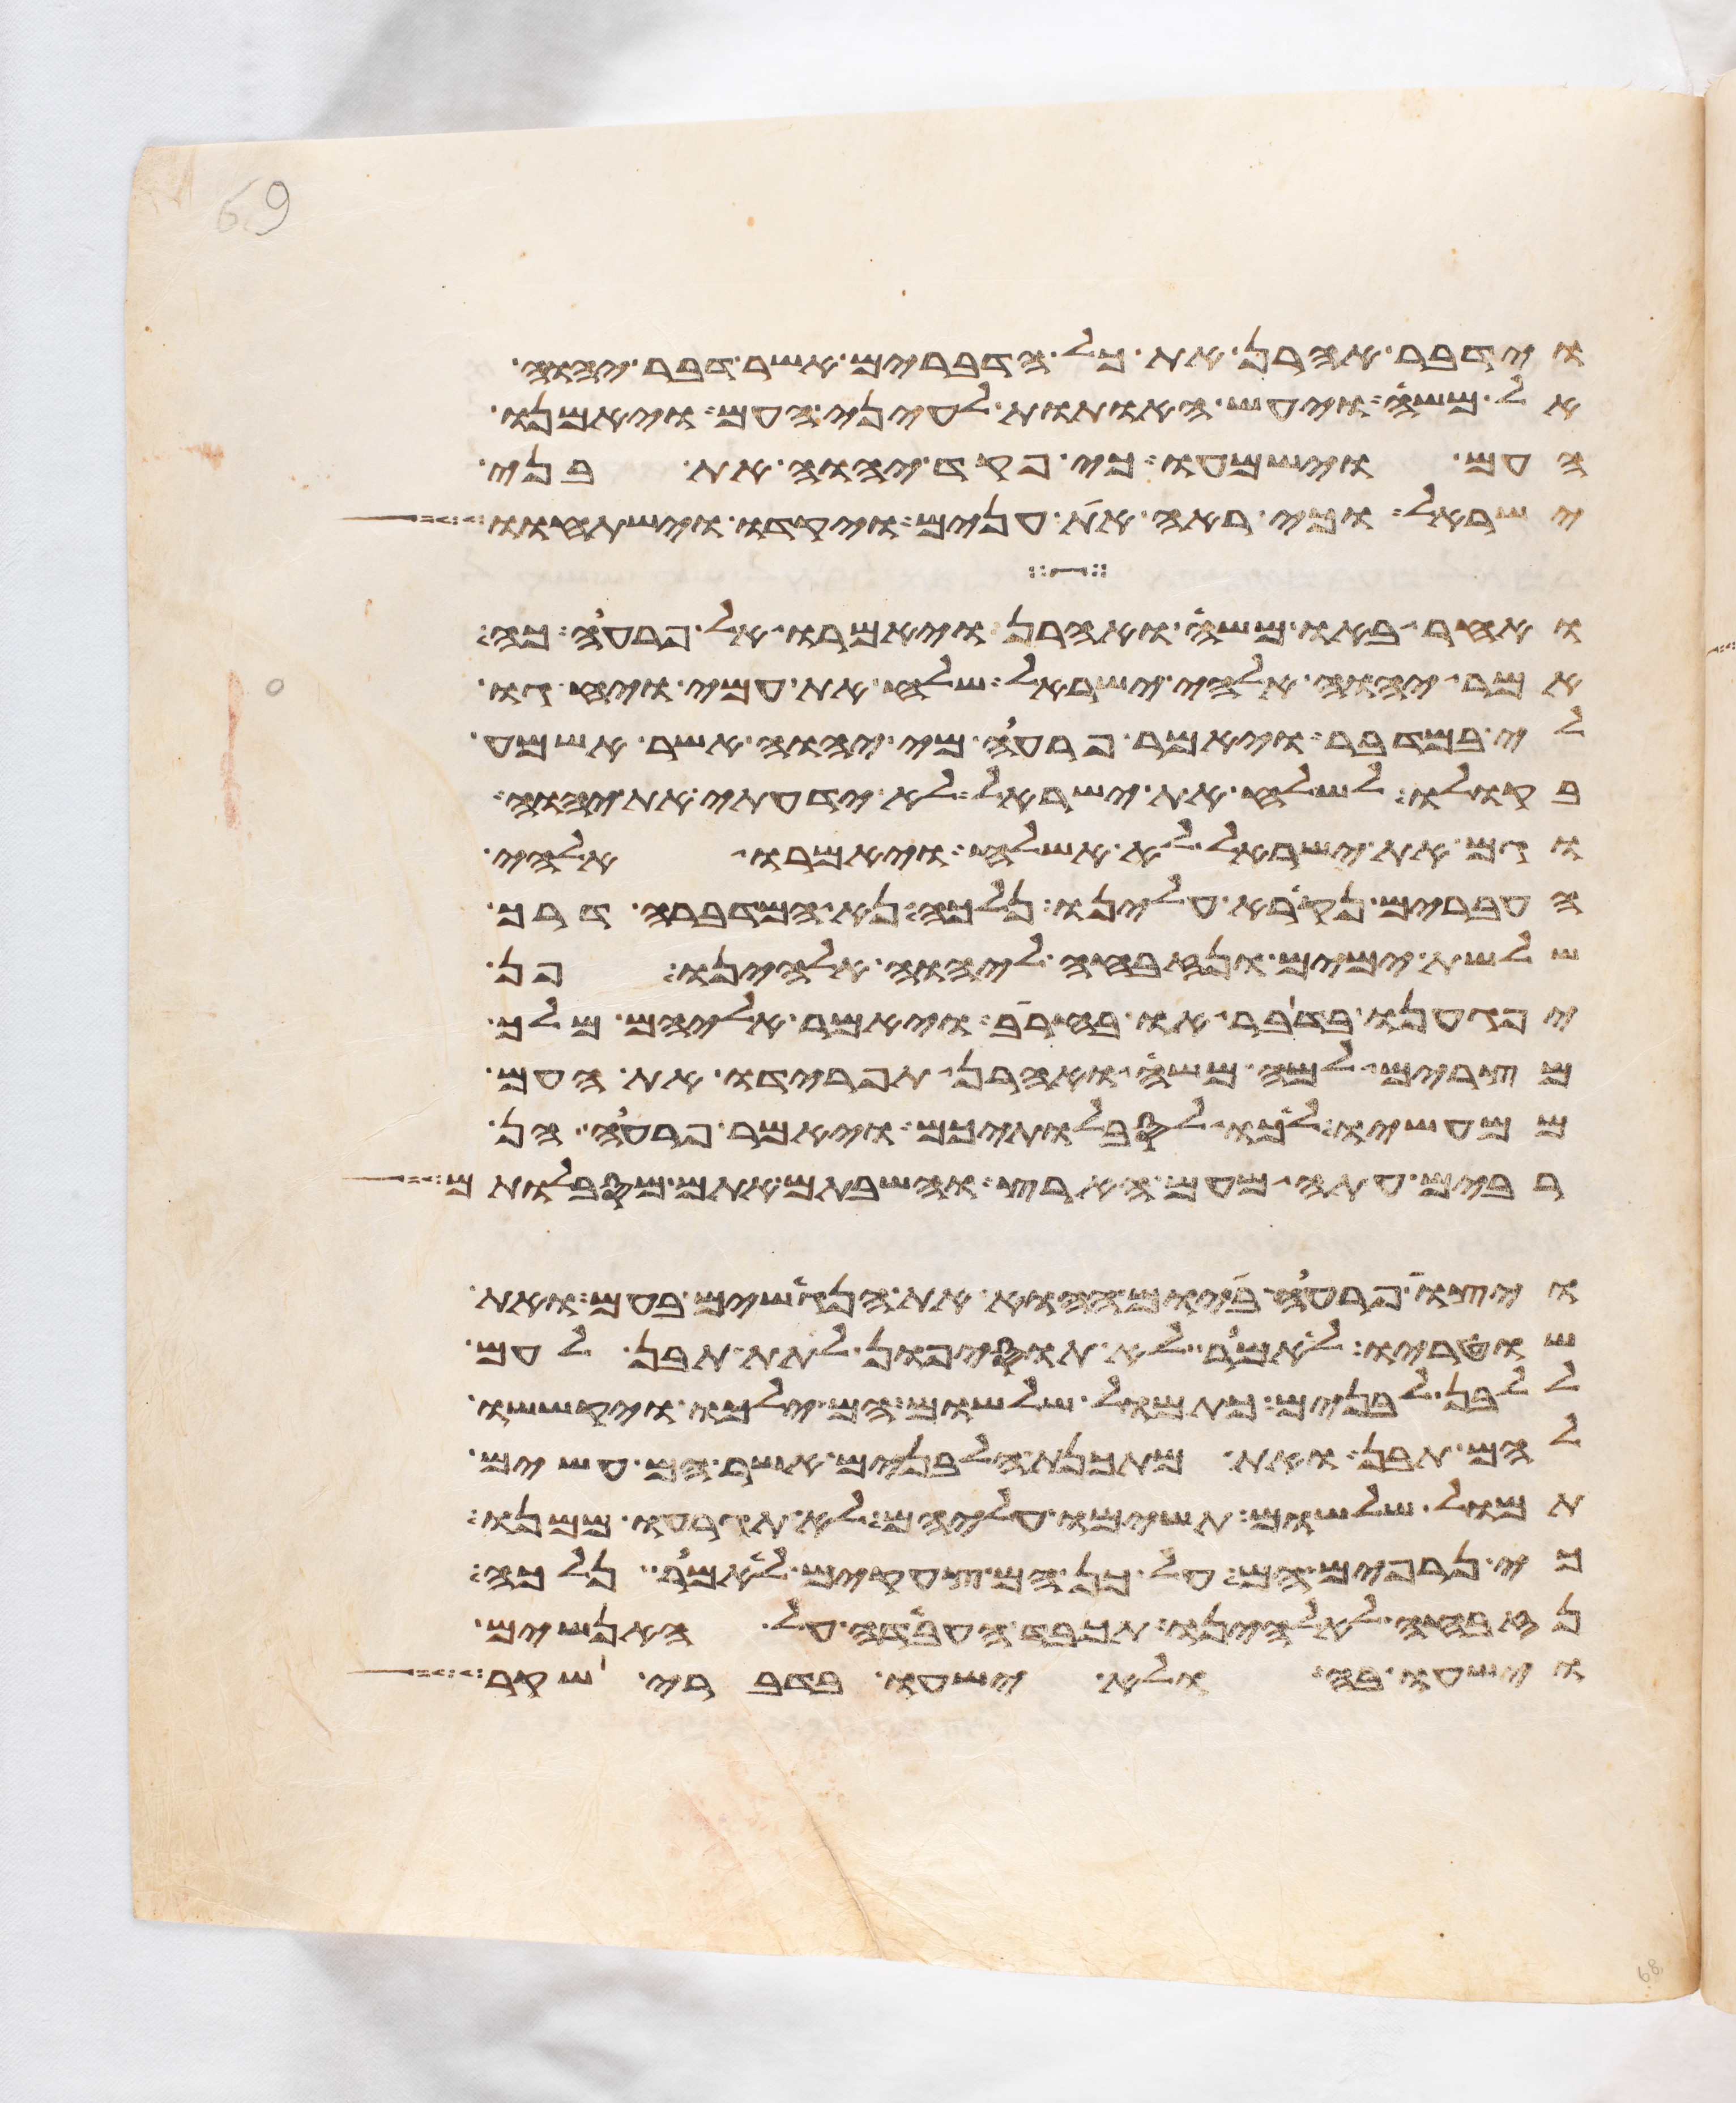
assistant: וידבר אהרן את כל הדברים אשר דבר יהוה
אל משה ויעש האתות לעיני העם ויאמנו
העם וישמעו כי פקד יהוה את בני
ישראל וכי ראה את ענים ויקדו וישתחוו
ואחר באו משה ואהרן ויאמרו אל פרעה כה
אמר יהוה אלהי ישראל שלח את עמי ויחגו
לי במדבר ויאמר פרעה מי יהוה אשר אשמע
בקולו לשלח את ישראל לא ידעתי את יהוה
וגם את ישראל לא אשלח ויאמרו אלהי
העברים נקרא עלינו נלכה נא המדברה דרך
שלשת ימים ונזבחה ליהוה אלהינו פן
יפגענו בדבר או בחרב ויאמר אליהם מלך
מצרים למה משה ואהרן תפרידו את העם
ממעשיו לכו לסבלתיכם ויאמר פרעה הן
רבים עתה מעם הארץ והשבתם אתם מסבלותם
ויצו פרעה ביום ההוא את הנגשים בעם ואת
שוטריו לאמר לא תוסיפון לתת תבן לעם
ללבן לבנים כתמול שלשום הם ילכו יקששו
להם תבן ואת מתכנת הלבנים אשר הם עשים
תמול שלשום תשימו עליהם לא תגרעו ממנו
כי נרפים הם על כן הם צעקים לאמר נלכה
נזבחה לאלהינו תכבד העבדה על האנשים
וישעו בה ולא ישעו בדברי שקר